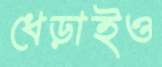
ধেড়াইও